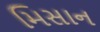
મિસાન